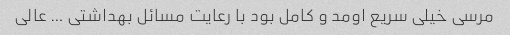
مرسی خیلی سریع اومد و کامل بود با رعایت مسائل بهداشتی … عالی